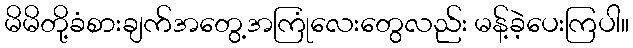
မိမိတို့ခံစားချက်အတွေ့အကြုံလေးတွေလည်း မန့်ခဲ့ပေးကြပါ။